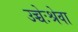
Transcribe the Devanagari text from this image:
उच्चेःश्रेवा